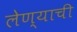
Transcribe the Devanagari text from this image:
लेण्याची